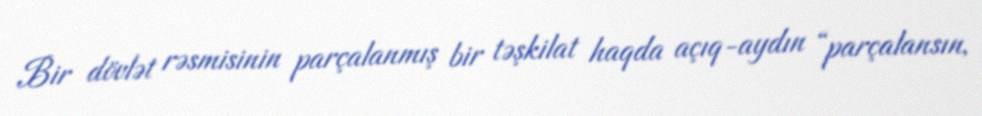
Bir dövlət rəsmisinin parçalanmış bir təşkilat haqda açıq-aydın “parçalansın,